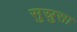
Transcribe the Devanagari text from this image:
सुस्रुसा